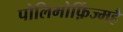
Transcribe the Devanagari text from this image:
पोलिमोर्फ़िज्महै